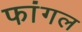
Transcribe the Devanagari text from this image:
फांगल